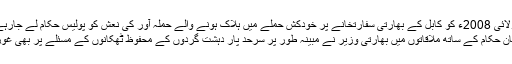
7 جولائی 2008ء کو کابل کے بھارتی سفارتخانے پر خودکش حملے میں ہلاک ہونے والے حملہ آور کی نعش کو پولیس حکام لے جارہے ہیں
افغان حکام کے ساتھ ملاقاتوں میں بھارتی وزیر نے مبینہ طور پر سرحد پار دہشت گردوں کے محفوظ ٹھکانوں کے مسئلے پر بھی غور کیا۔